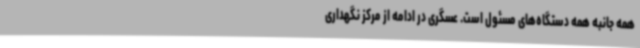
همه جانبه همه دستگاه‌های مسئول است. عسگری در ادامه از مرکز نگهداری